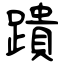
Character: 蹪